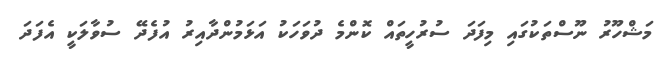
މަޝްހޫރު ނޫސްތަކުގައި މިފަދަ ސުރުހީތައް ކޮންމެ ދުވަހަކު އަޅަމުންދާއިރު އުފެދޭ ސުވާލަކީ އެފަދަ